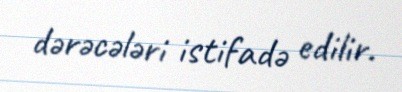
dərəcələri istifadə edilir.